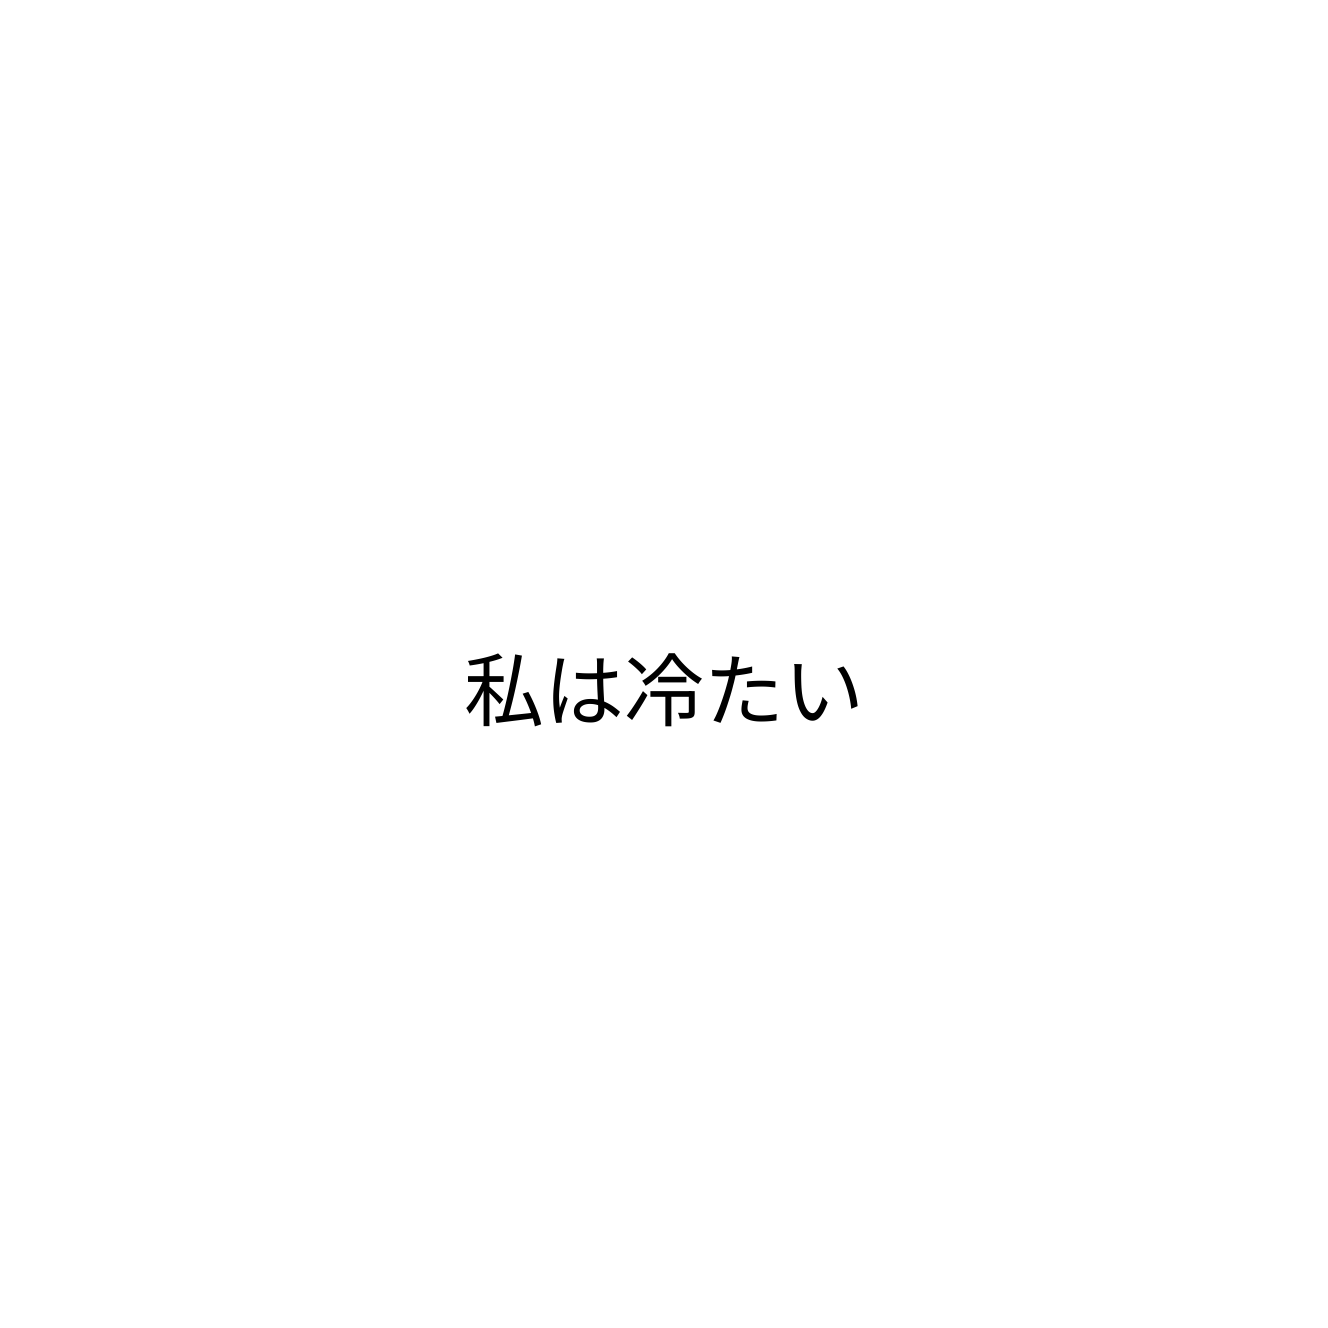
私は冷たい